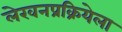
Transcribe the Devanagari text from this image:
लेखनप्रक्रियेला